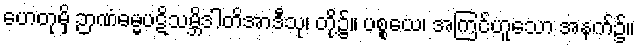
ဟေတုမှိ ဉာဏံဓမ္မပဋိသမ္ဘိဒါတိအာဒီသု၊ တို့၌။ ပစ္စယေ၊ အကြင်ဟူသော အနက်၌။